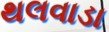
થલવાડા